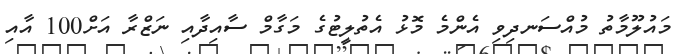
މައުލޫމާތު މުއްސަނދިވި އެންމެ މޮޅު އެތުލީޓުގެ މަގާމް ސާއިދާއި ނަޒްރާ އަށް100 އާއި